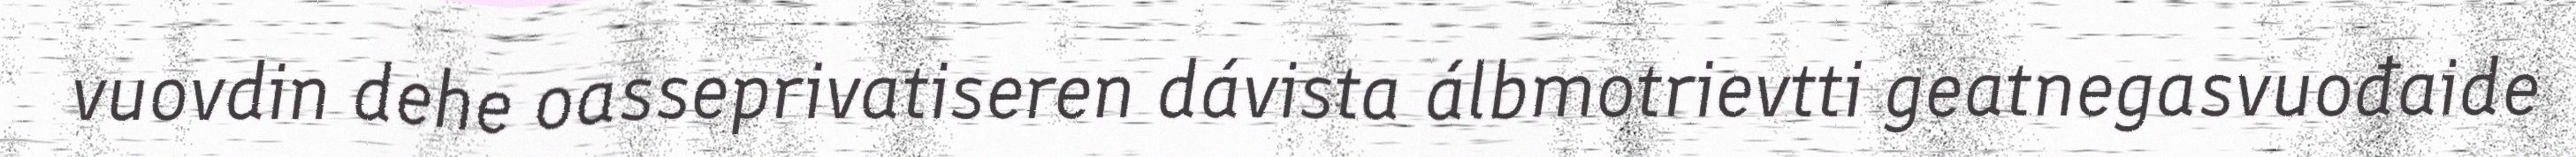
vuovdin dehe oasseprivatiseren dávista álbmotrievtti geatnegasvuođaide